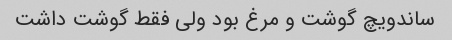
ساندویچ گوشت و مرغ بود ولی فقط گوشت داشت